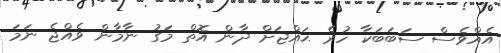
އެއްވެސް ސަބަބަކާ ހުރެ ޙައްޖަށް ދާން އޮތް މަގު ނާމާން ވެއްޖެ ނަމަ